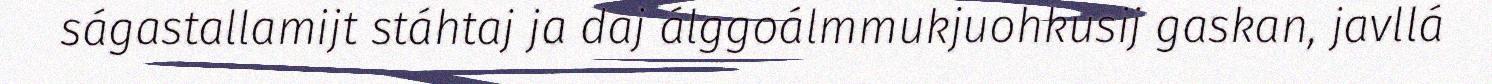
ságastallamijt stáhtaj ja daj álggoálmmukjuohkusij gaskan, javllá